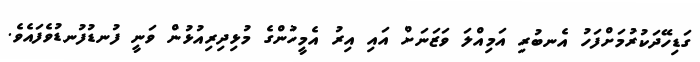
ގަޑިހޭދަކުރުމަށްފަހު އެނބުރި އަމިއްލަ ވަޒަނަށް އައި އިރު އެމީހުންގެ މުޅިދިރިއުޅުން ވަނީ ފުނޑުފުނޑުވެފައެވެ.